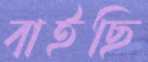
বাইছি